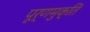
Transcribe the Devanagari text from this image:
पूर्णमुक्ति